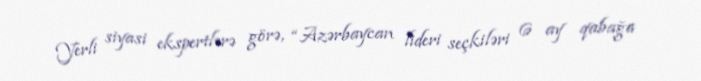
Yerli siyasi ekspertlərə görə, “Azərbaycan lideri seçkiləri 6 ay qabağa